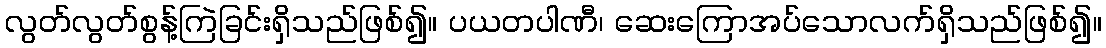
လွတ်လွတ်စွန့်ကြဲခြင်းရှိသည်ဖြစ်၍။ ပယတပါဏီ၊ ဆေးကြောအပ်သောလက်ရှိသည်ဖြစ်၍။